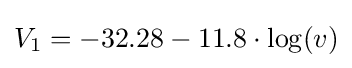
V_{1}=-32.28-11.8\cdot \log(v)